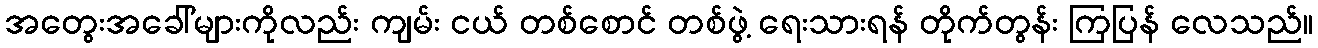
အတွေးအခေါ်များကိုလည်း ကျမ်း ငယ် တစ်စောင် တစ်ဖွဲ့ ရေးသားရန် တိုက်တွန်း ကြပြန် လေသည်။